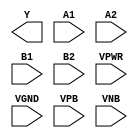
module sky130_fd_sc_lp__o22ai (
    Y   ,
    A1  ,
    A2  ,
    B1  ,
    B2  ,
    VPWR,
    VGND,
    VPB ,
    VNB
);

    output Y   ;
    input  A1  ;
    input  A2  ;
    input  B1  ;
    input  B2  ;
    input  VPWR;
    input  VGND;
    input  VPB ;
    input  VNB ;
endmodule